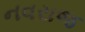
નવરાજ